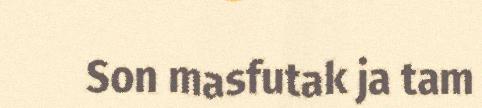
Son masfutak ja tam